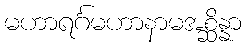
မဟာရင်္ဂမဟာနာမအစ္ဆိန္နာ